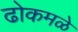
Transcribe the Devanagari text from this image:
ढोकमळे